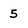
Character: 5